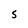
Character: S